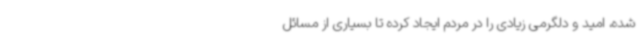
شده، امید و دلگرمی زیادی را در مردم ایجاد کرده تا بسیاری از مسائل